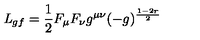
{ \it L } _ { g f } = \frac { 1 } { 2 } F _ { \mu } F _ { \nu } g ^ { \mu \nu } ( - g ) ^ { \frac { 1 - 2 r } { 2 } }